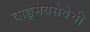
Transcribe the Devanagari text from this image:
वाङ्‌मयसेवेची